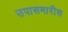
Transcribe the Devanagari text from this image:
उपासमारीस